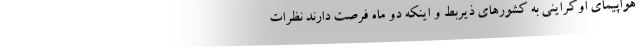
هواپیمای اوکراینی به کشورهای ذیربط و اینکه دو ماه فرصت دارند نظرات